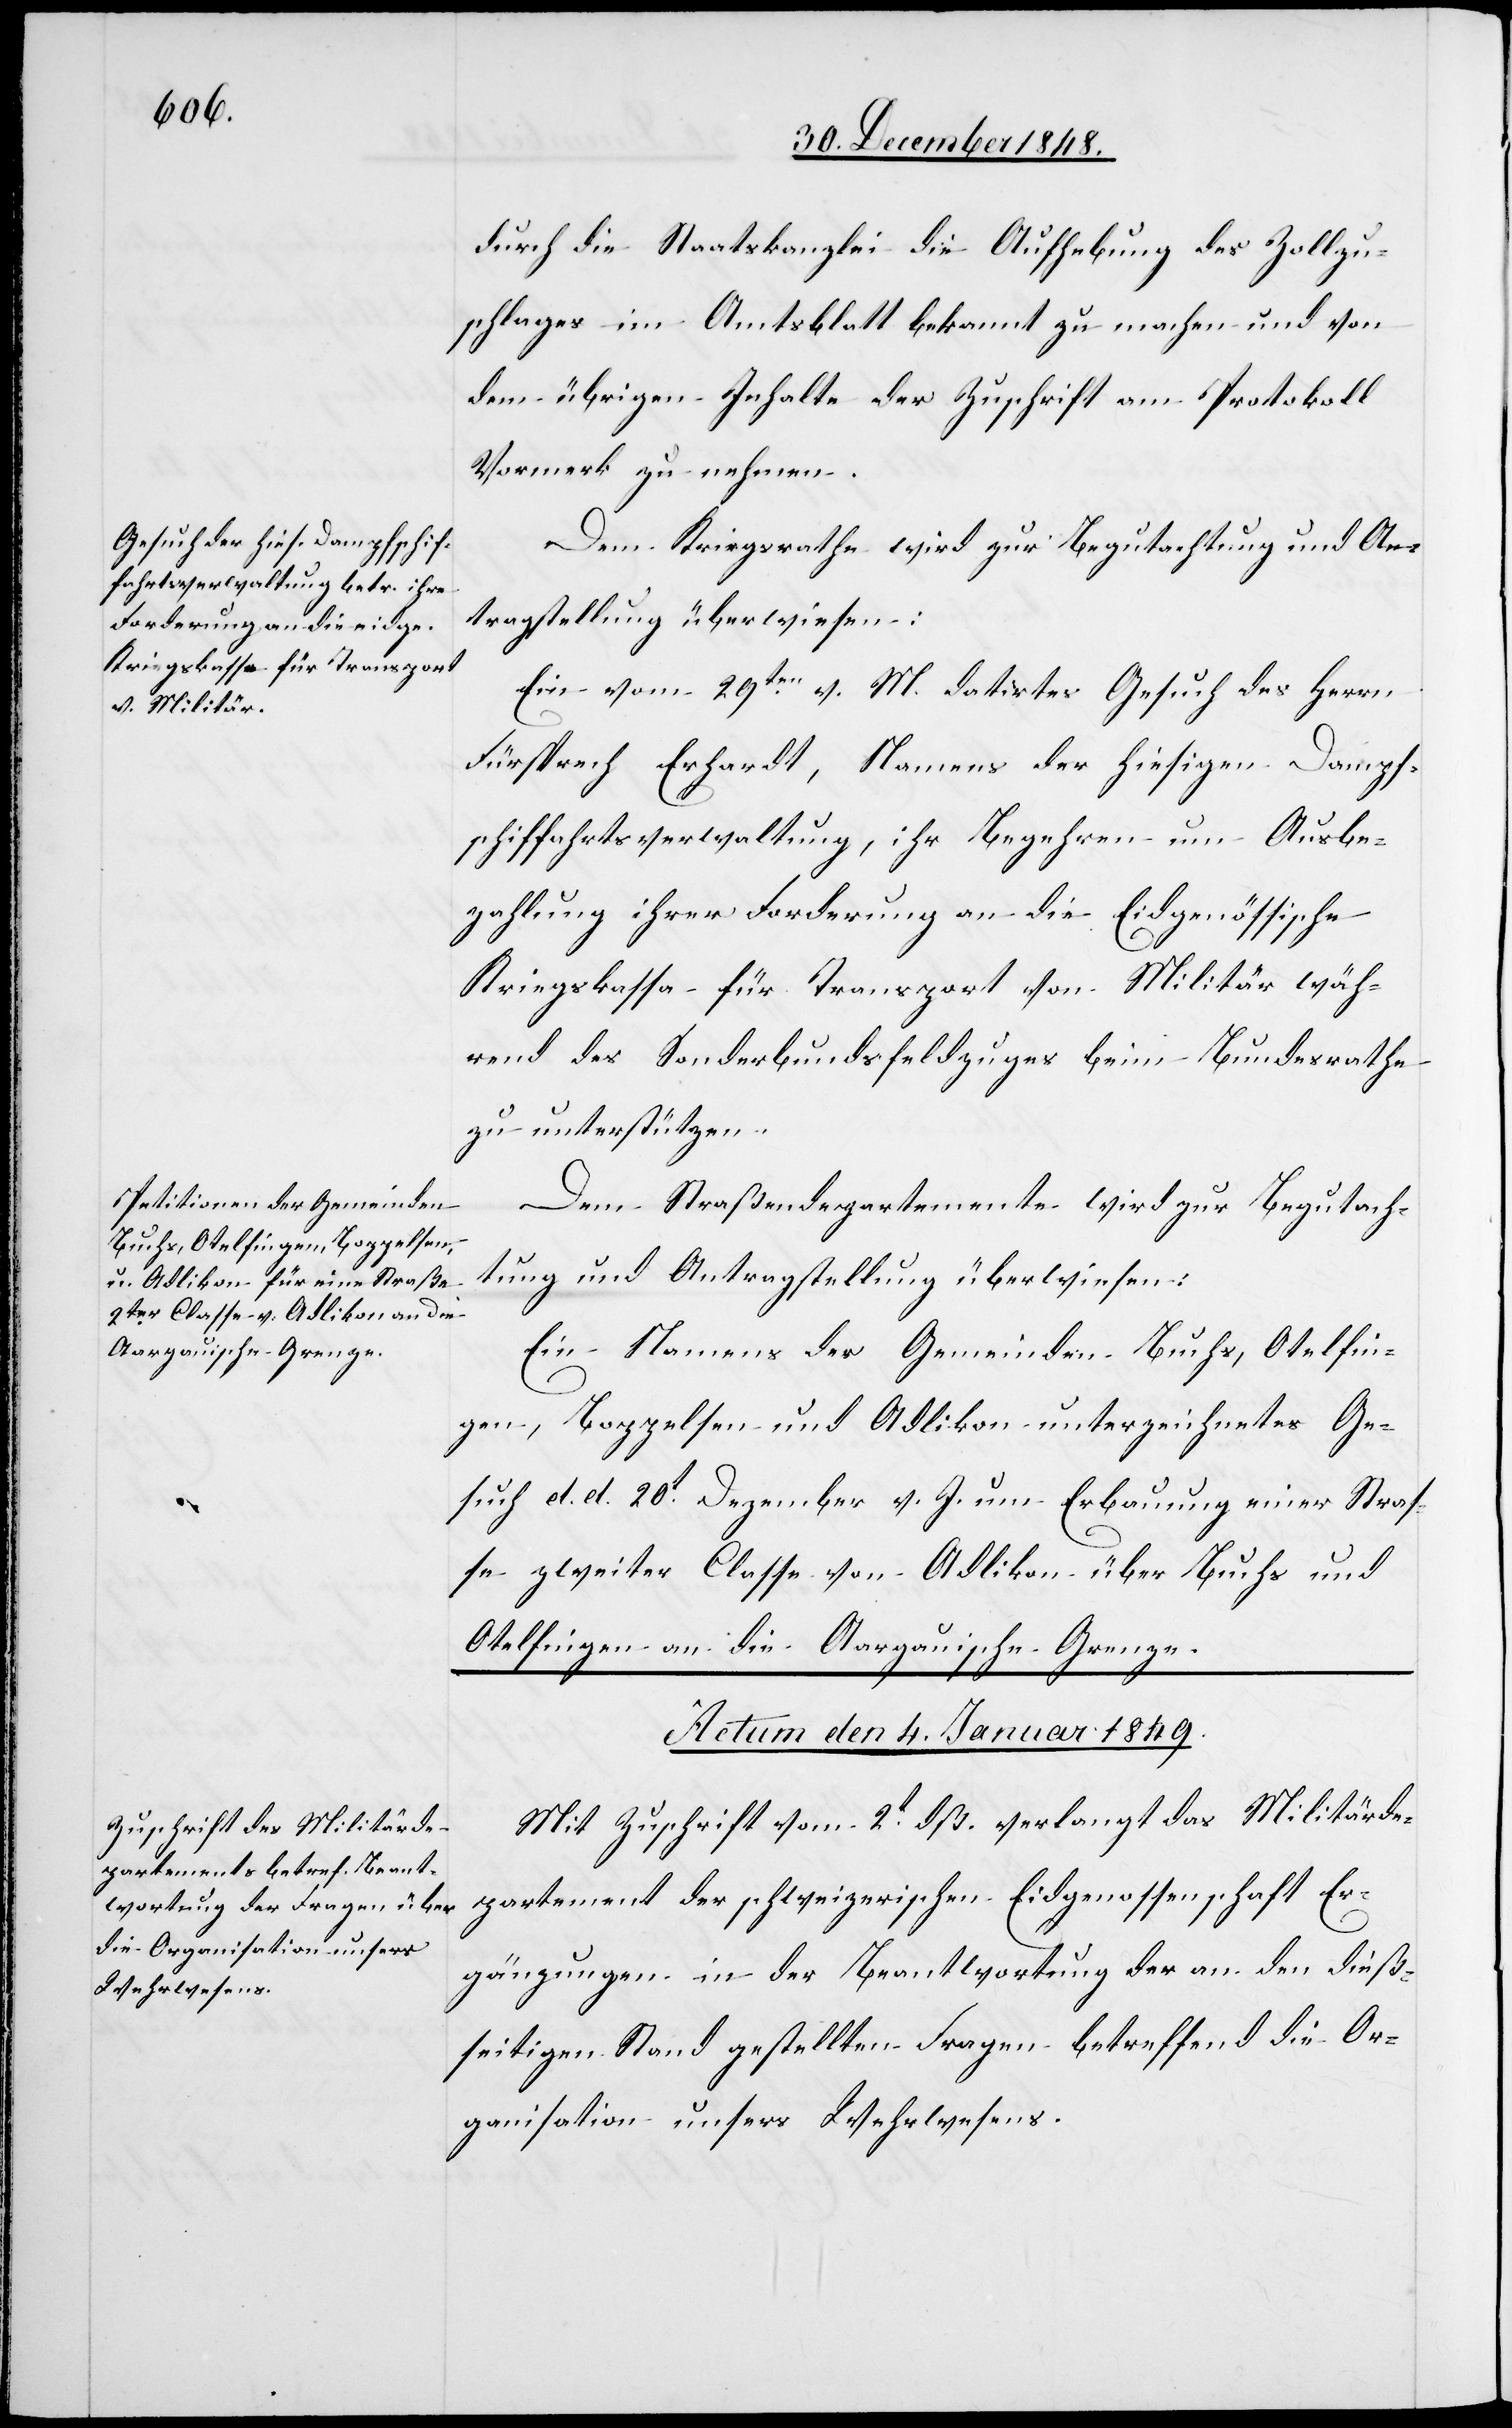
durch die Staatskanzlei die Aufhebung des Zollzu¬
schlages im Amtsblatt bekannt zu machen und von
dem übrigen Inhalte der Zuschrift am Protokoll
Vormerk zu nehmen.
Dem Kriegsrathe wird zur Begutachtung und An¬
tragstellung überwiesen:
Ein vom 29ten v. M. datirtes Gesuch des Herrn
Fürsprech Erhardt, Namens der hiesigen Dampf¬
schiffahrtsverwaltung, ihr Begehren um Ausbe¬
zahlung ihrer Forderung an die Eidgenössische
Kriegskassa für Transport von Militär wäh¬
rend des Sonderbundsfeldzuges beim Bundesrathe
zu unterstützen.
Dem Straßendepartemente wird zur Begutach¬
tung und Antragstellung überwiesen:
Ein Namens der Gemeinden Buchs, Otelfin¬
gen, Boppelsen und Adlikon unterzeichnetes Ge¬
such d. d. 20t Dezember v. J. um Erbauung einer Stras¬
se zweiter Classe von Adlikon über Buchs und
Otelfingen an die Aargauische Grenze.
Actum den 4. Januar 1849.
Mit Zuschrift vom 2t dß. verlangt das Militärde¬
partement der schweizerischen Eidgenossenschaft Er¬
gänzungen in der Beantwortung der an den dieß¬
seitigen Stand gestellten Fragen betreffend die Or¬
ganisation unsers Wehrwesens.